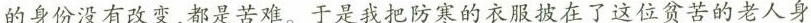
的身份没有改变，都是苦难。于是我把防寒的衣服披在了这位贫苦的老人身